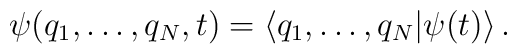
\psi (q_{1},\dots ,q_{N},t)=\left< q_{1},\dots ,q_{N}|\psi (t)\right> .